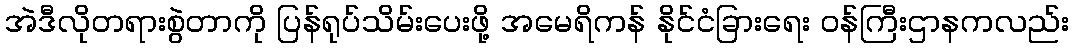
အဲဒီလိုတရားစွဲတာကို ပြန်ရုပ်သိမ်းပေးဖို့ အမေရိကန် နိုင်ငံခြားရေး ဝန်ကြီးဌာနကလည်း